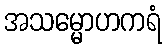
အသမ္မောဟကရံ